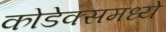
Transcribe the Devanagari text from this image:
कोडेक्समध्ये